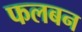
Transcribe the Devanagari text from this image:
फलबन